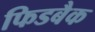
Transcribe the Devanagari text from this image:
फिडबैक